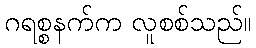
ဂရစ္စနက်က လူစစ်သည်။